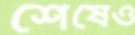
শেষেও